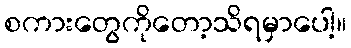
စကားတွေကိုတော့သိရမှာပေါ့။